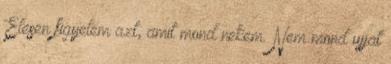
Élesen figyelem azt, amit mond nekem. Nem mond ujjat